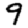
Digit: 9